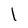
Character: l